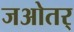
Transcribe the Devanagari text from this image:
जओतर्